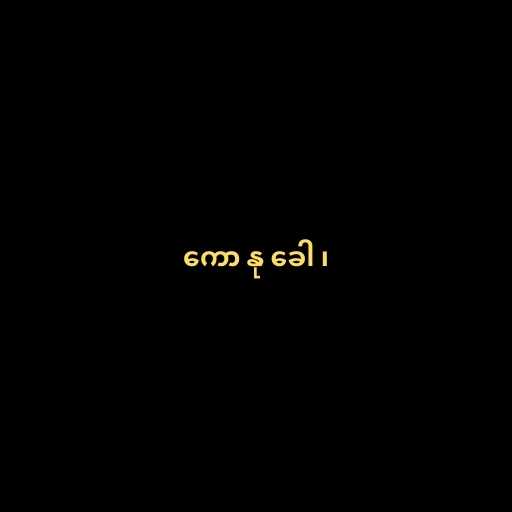
ကော နု ခေါ ၊